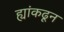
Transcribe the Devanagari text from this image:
ह्यांकढून